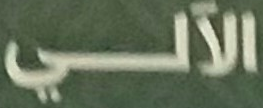
الآلي